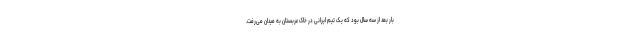
بار بعد از سه سال بود که یک تیم ایرانی در خاک عربستان به میدان می‌رفت.